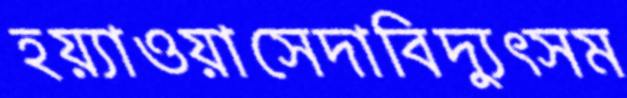
হয়্যাওয়াসেদাবিদ্যুত্সম